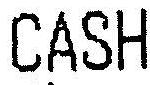
CASH